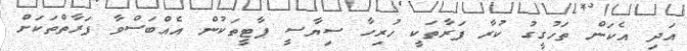
އަދި އެކަން ތަހުގީގު ކުރާ ފަރާތަކީ ހުރިހާ ސިޔާސީ ޕާޓީތަކުން އެއްބަސްވާ ފަރާތްތަކަށް